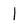
Character: 1